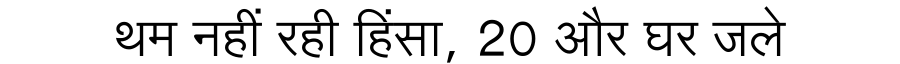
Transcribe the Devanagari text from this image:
थम नहीं रही हिंसा, 20 और घर जले